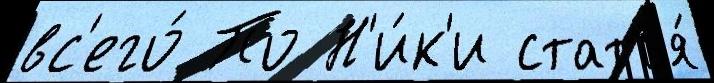
вс'его́ По Н'и́к'и статья́